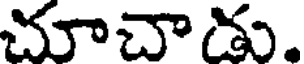
చూచాడు.